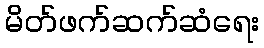
မိတ်ဖက်ဆက်ဆံရေး